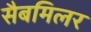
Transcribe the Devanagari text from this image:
सैबमिलर